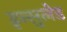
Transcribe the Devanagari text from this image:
इन्सुलेड